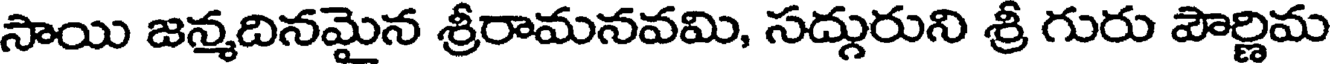
సాయి జన్మదినమైన శ్రీరామనవమి, సద్గురుని శ్రీ గురు పౌర్ణిమ